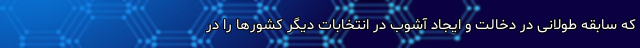
که سابقه طولانی در دخالت و ایجاد آشوب در انتخابات دیگر کشورها را در